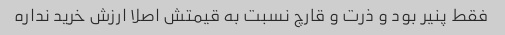
فقط پنیر بود و ذرت و قارچ نسبت به قیمتش اصلا ارزش خرید نداره